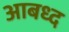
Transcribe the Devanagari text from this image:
आबध्द